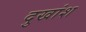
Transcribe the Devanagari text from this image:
दुखांश